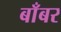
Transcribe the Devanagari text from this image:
बाँबर